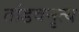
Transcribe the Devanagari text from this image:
तांडवनृत्य